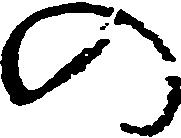
の